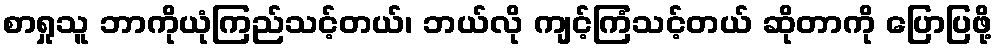
စာရှုသူ ဘာကိုယုံကြည်သင့်တယ်၊ ဘယ်လို ကျင့်ကြံသင့်တယ် ဆိုတာကို ပြောပြဖို့